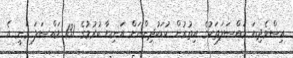
އިސްވެދިޔަ މައްސަލަތަކުގެ އިތުރުން ކުޑަކުދިންނަށް އަނިޔާ ކުރުމުގެ 131 މައްސަލަ ވަނީ އެ